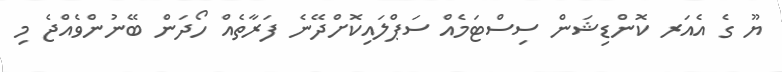
ޔޫ ގެ އެއަރ ކޮންޑިޝަން ސިސްޓަމެއް ސަޕްލައިކޮށްދޭނެ ފަރާތެއް ހޯދަން ބޭނުންވެއްޖެ މި